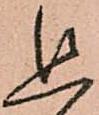
追